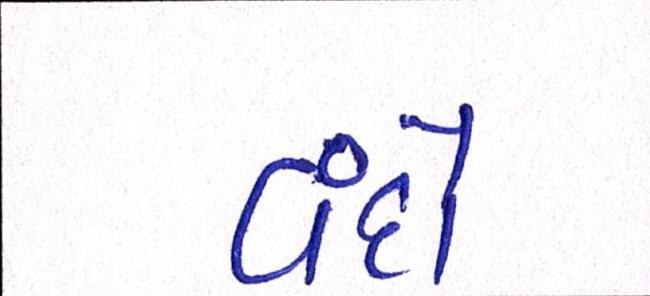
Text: વંદો